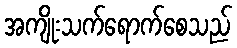
အကျိုးသက်ရောက်စေသည်